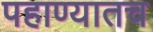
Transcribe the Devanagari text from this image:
पहाण्यातच